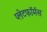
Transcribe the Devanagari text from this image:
प्लेटफॉर्मस